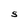
Character: S